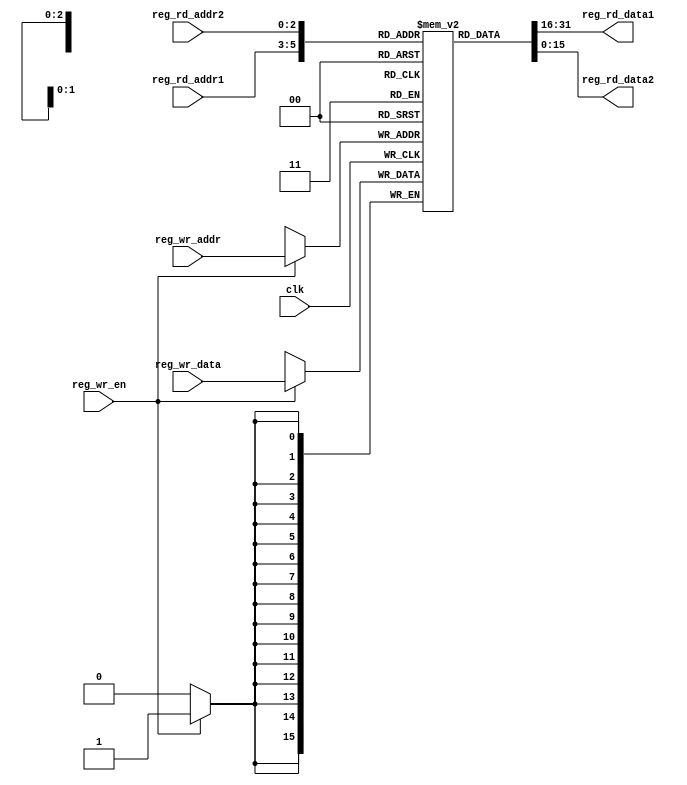
module reg_file (
	input	clk,
	
	//read port 1  
	input [2:0] reg_rd_addr1,  
	output [15:0] reg_rd_data1,  
	
	//read port 2  
	input [2:0] reg_rd_addr2,  
	output [15:0] reg_rd_data2,
	
	// write port  
	input	[2:0]	reg_wr_addr,
	input	[15:0] reg_wr_data,
	input	reg_wr_en
);  
	
	reg [15:0] reg_array [6:0];  
	
	initial begin
		reg_array[0] <= 16'hffff;
		reg_array[1] <= 16'h0001;
		reg_array[2] <= 16'h0000;
		reg_array[3] <= 16'h0001;
		reg_array[4] <= 16'hfffe;
		reg_array[5] <= 16'h6789;
		reg_array[6] <= 16'h6789;
	end
	
	// write port  
	//reg [2:0] i;  
	always @ (posedge clk)
	begin
	
		if(reg_wr_en) 
		begin  
			reg_array[reg_wr_addr] <= reg_wr_data;  
		end
		
	end
	
	assign reg_rd_data1 = reg_array[reg_rd_addr1];
	assign reg_rd_data2 = reg_array[reg_rd_addr2];

endmodule